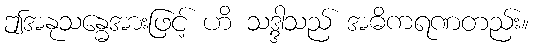
ဤအနုသန္ဓေအားဖြင့် ဟိ သဒ္ဒါသည် အဓိကရဏတည်း။